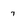
Character: 7